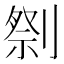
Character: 𱐢